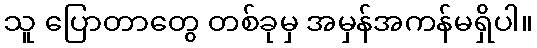
သူ ပြောတာတွေ တစ်ခုမှ အမှန်အကန်မရှိပါ။